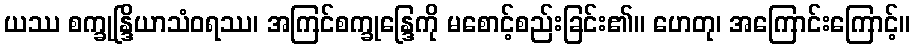
ယဿ စက္ခုန္ဒြိယာသံဝရဿ၊ အကြင်စက္ခုန္ဒြေကို မစောင့်စည်းခြင်း၏။ ဟေတု၊ အကြောင်းကြောင့်။